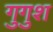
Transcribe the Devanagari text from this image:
गुगुश